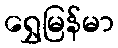
ရွှေမြန်မာ